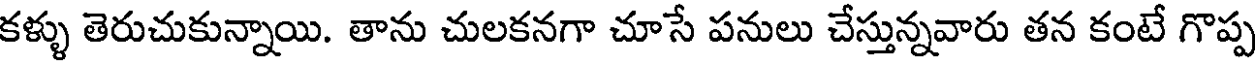
కళ్ళు తెరుచుకున్నాయి. తాను చులకనగా చూసే పనులు చేస్తున్నవారు తన కంటే గొప్ప